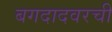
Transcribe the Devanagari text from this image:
बगदादवरची